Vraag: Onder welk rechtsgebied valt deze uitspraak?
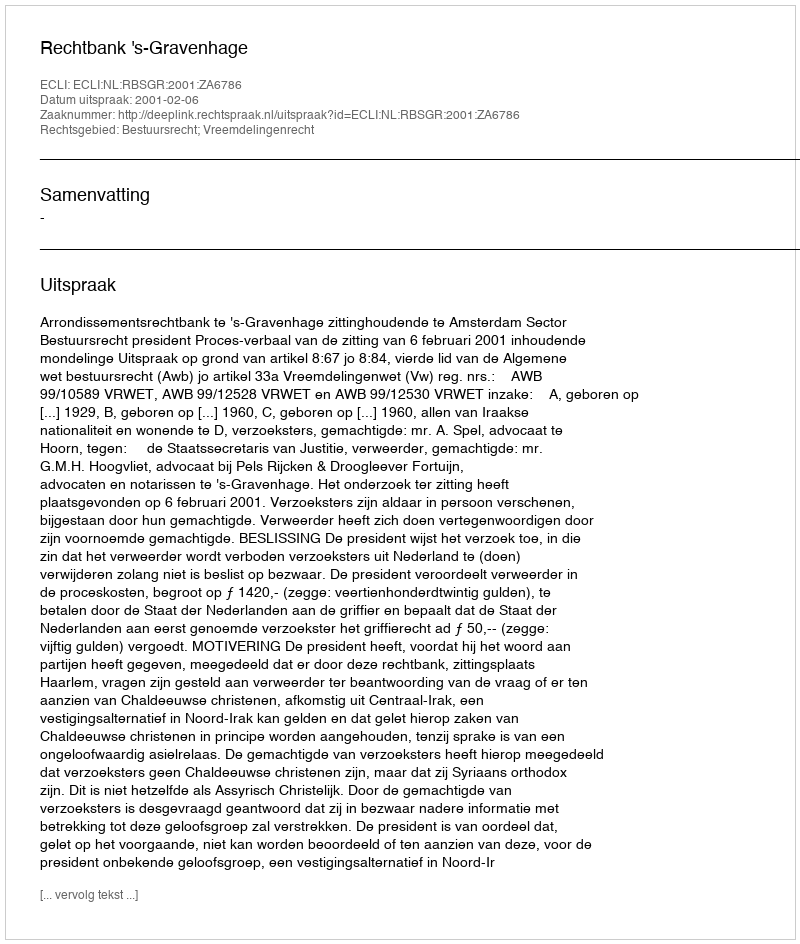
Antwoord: Bestuursrecht; Vreemdelingenrecht